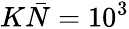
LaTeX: K\bar{N}={{10}^{3}}